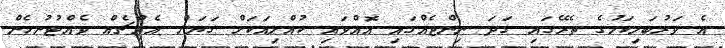
އެ ވަރުބަލިކަމުގެ ތެރޭގައި ގަދަ ނިންޖެއްގައި އޮއްވައި ކުއްލިއަކަށް ގަޔަށް އެއްޗެއް ވެއްޓުނުހެން